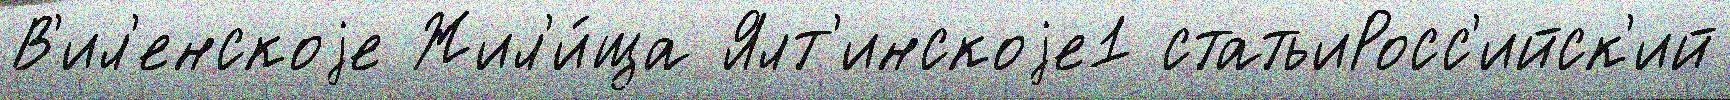
В'ил'енскоjе Жил'и́ща Ялт'инскоjе1 статьиРосс'ийск'ий